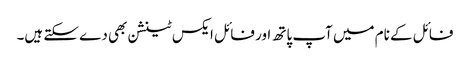
فائل کے نام میں آپ پاتھ اور فائل ایکس ٹینشن بھی دے سکتے ہیں۔